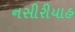
નસીરીયાહ